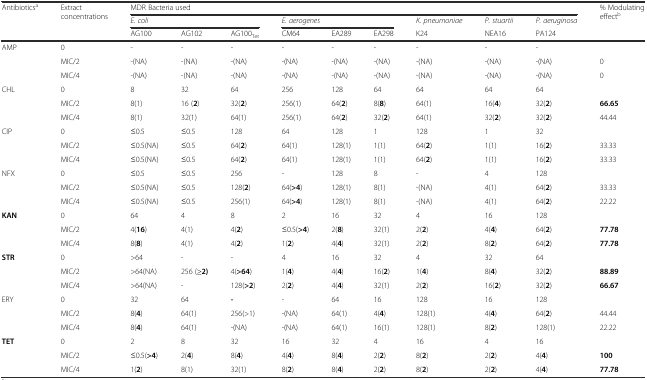
<table><thead><tr><td rowspan="3"><b>Antibiotics<sup>a</sup></b></td><td rowspan="3"><b>Extract concentrations</b></td><td colspan="9"><b>MDR Bacteria used</b></td><td rowspan="3"><b>% Modulating effect<sup>b</sup></b></td></tr><tr><td colspan="3"><b><i>E. coli</i></b></td><td colspan="3"><b><i>E. aerogenes</i></b></td><td><b><i>K. pneumoniae</i></b></td><td><b><i>P. stuartii</i></b></td><td><b><i>P. aeruginosa</i></b></td></tr><tr><td><b>AG100</b></td><td><b>AG102</b></td><td><b>AG100<sub>Tet</sub></b></td><td><b>CM64</b></td><td><b>EA289</b></td><td><b>EA298</b></td><td><b>K24</b></td><td><b>NEA16</b></td><td><b>PA124</b></td></tr></thead><tbody><tr><td rowspan="3">AMP</td><td>0</td><td>-</td><td>-</td><td>-</td><td>-</td><td>-</td><td>-</td><td>-</td><td>-</td><td>-</td><td></td></tr><tr><td>MIC/2</td><td>-(NA)</td><td>-(NA)</td><td>-(NA)</td><td>-(NA)</td><td>-(NA)</td><td>-(NA)</td><td>-(NA)</td><td>-(NA)</td><td>-(NA)</td><td>0</td></tr><tr><td>MIC/4</td><td>-(NA)</td><td>-(NA)</td><td>-(NA)</td><td>-(NA)</td><td>-(NA)</td><td>-(NA)</td><td>-(NA)</td><td>-(NA)</td><td>-(NA)</td><td>0</td></tr><tr><td rowspan="3">CHL</td><td>0</td><td>8</td><td>32</td><td>64</td><td>256</td><td>128</td><td>64</td><td>64</td><td>64</td><td>64</td><td></td></tr><tr><td>MIC/2</td><td>8(1)</td><td>16 (<b>2</b>)</td><td>32(<b>2</b>)</td><td>256(1)</td><td>64(<b>2</b>)</td><td>8(<b>8</b>)</td><td>64(1)</td><td>16(<b>4</b>)</td><td>32(<b>2</b>)</td><td><b>66.65</b></td></tr><tr><td>MIC/4</td><td>8(1)</td><td>32(1)</td><td>64(1)</td><td>256(1)</td><td>64(<b>2</b>)</td><td>32(<b>2</b>)</td><td>64(1)</td><td>32(<b>2</b>)</td><td>32(<b>2</b>)</td><td>44.44</td></tr><tr><td rowspan="3">CIP</td><td>0</td><td>≤0.5</td><td>≤0.5</td><td>128</td><td>64</td><td>128</td><td>1</td><td>128</td><td>1</td><td>32</td><td></td></tr><tr><td>MIC/2</td><td>≤0.5(NA)</td><td>≤0.5</td><td>64(<b>2</b>)</td><td>64(1)</td><td>128(1)</td><td>1(1)</td><td>64(<b>2</b>)</td><td>1(1)</td><td>16(<b>2</b>)</td><td>33.33</td></tr><tr><td>MIC/4</td><td>≤0.5(NA)</td><td>≤0.5</td><td>64(<b>2</b>)</td><td>64(1)</td><td>128(1)</td><td>1(1)</td><td>64(<b>2</b>)</td><td>1(1)</td><td>16(<b>2</b>)</td><td>33.33</td></tr><tr><td rowspan="3">NFX</td><td>0</td><td>≤0.5</td><td>≤0.5</td><td>256</td><td>-</td><td>128</td><td>8</td><td>-</td><td>4</td><td>128</td><td></td></tr><tr><td>MIC/2</td><td>≤0.5(NA)</td><td>≤0.5</td><td>128(<b>2</b>)</td><td>64(<b>&gt;4</b>)</td><td>128(1)</td><td>8(1)</td><td>-(NA)</td><td>4(1)</td><td>64(<b>2</b>)</td><td>33.33</td></tr><tr><td>MIC/4</td><td>≤0.5(NA)</td><td>≤0.5</td><td>256(1)</td><td>64(<b>&gt;4</b>)</td><td>128(1)</td><td>8(1)</td><td>-(NA)</td><td>4(1)</td><td>64(<b>2</b>)</td><td>22.22</td></tr><tr><td rowspan="3"><b>KAN</b></td><td>0</td><td>64</td><td>4</td><td>8</td><td>2</td><td>16</td><td>32</td><td>4</td><td>16</td><td>128</td><td></td></tr><tr><td>MIC/2</td><td>4(<b>16</b>)</td><td>4(1)</td><td>4(<b>2</b>)</td><td>≤0.5(<b>&gt;4</b>)</td><td>2(<b>8</b>)</td><td>32(1)</td><td>2(<b>2</b>)</td><td>4(<b>4</b>)</td><td>64(<b>2</b>)</td><td><b>77.78</b></td></tr><tr><td>MIC/4</td><td>8(<b>8</b>)</td><td>4(1)</td><td>4(<b>2</b>)</td><td>1(<b>2</b>)</td><td>4(<b>4</b>)</td><td>32(1)</td><td>2(<b>2</b>)</td><td>8(<b>2</b>)</td><td>64(<b>2</b>)</td><td><b>77.78</b></td></tr><tr><td rowspan="3"><b>STR</b></td><td>0</td><td>&gt;64</td><td>-</td><td>-</td><td>4</td><td>16</td><td>32</td><td>4</td><td>32</td><td>64</td><td></td></tr><tr><td>MIC/2</td><td>&gt;64(NA)</td><td>256 (<b>≥2)</b></td><td>4(<b>&gt;64</b>)</td><td>1(<b>4</b>)</td><td>4(<b>4</b>)</td><td>16(<b>2</b>)</td><td>1(<b>4</b>)</td><td>8(<b>4</b>)</td><td>32(<b>2</b>)</td><td><b>88.89</b></td></tr><tr><td>MIC/4</td><td>&gt;64(NA)</td><td>-</td><td>128(<b>&gt;2</b>)</td><td>2(<b>2</b>)</td><td>4(<b>4</b>)</td><td>32(1)</td><td>2(<b>2</b>)</td><td>16(<b>2</b>)</td><td>32(<b>2</b>)</td><td><b>66.67</b></td></tr><tr><td rowspan="3">ERY</td><td>0</td><td>32</td><td>64</td><td><b>-</b></td><td>-</td><td>64</td><td>16</td><td>128</td><td>16</td><td>128</td><td></td></tr><tr><td>MIC/2</td><td>8(<b>4</b>)</td><td>64(1)</td><td>256(&gt;1)</td><td>-(NA)</td><td>64(1)</td><td>4(<b>4</b>)</td><td>128(1)</td><td>4(<b>4</b>)</td><td>64(<b>2</b>)</td><td>44.44</td></tr><tr><td>MIC/4</td><td>8(<b>4</b>)</td><td>64(1)</td><td>-(NA)</td><td>-(NA)</td><td>64(1)</td><td>16(1)</td><td>128(1)</td><td>8(<b>2</b>)</td><td>128(1)</td><td>22.22</td></tr><tr><td rowspan="3"><b>TET</b></td><td>0</td><td>2</td><td>8</td><td>32</td><td>16</td><td>32</td><td>4</td><td>16</td><td>4</td><td>16</td><td></td></tr><tr><td>MIC/2</td><td>≤0.5(<b>&gt;4</b>)</td><td>2(<b>4</b>)</td><td>8(<b>4</b>)</td><td>4(<b>4</b>)</td><td>8(<b>4</b>)</td><td>2(<b>2</b>)</td><td>8(<b>2</b>)</td><td>2(<b>2</b>)</td><td>4(<b>4</b>)</td><td><b>100</b></td></tr><tr><td>MIC/4</td><td>1(<b>2</b>)</td><td>8(1)</td><td>32(1)</td><td>8(<b>2</b>)</td><td>8(<b>4</b>)</td><td>2(<b>2</b>)</td><td>8(<b>2</b>)</td><td>2(<b>2</b>)</td><td>4(<b>4</b>)</td><td><b>77.78</b></td></tr></tbody></table>